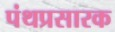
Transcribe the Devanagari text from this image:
पंथप्रसारक